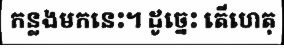
កន្លងមកនេះ។ ដូច្នេះ តើហេតុ